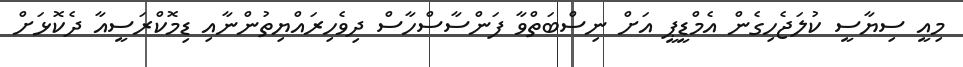
މިއީ ސިޔާސީ ކުލަޖެހިގެން އެމްޑީޕީ އަށް ނިސްބަތްވާ ފަންސާސްހާސް ދިވެހިރައްޔިތުންނާއި ޑިމޮކްރަސީއާ ދެކޮޅަށް